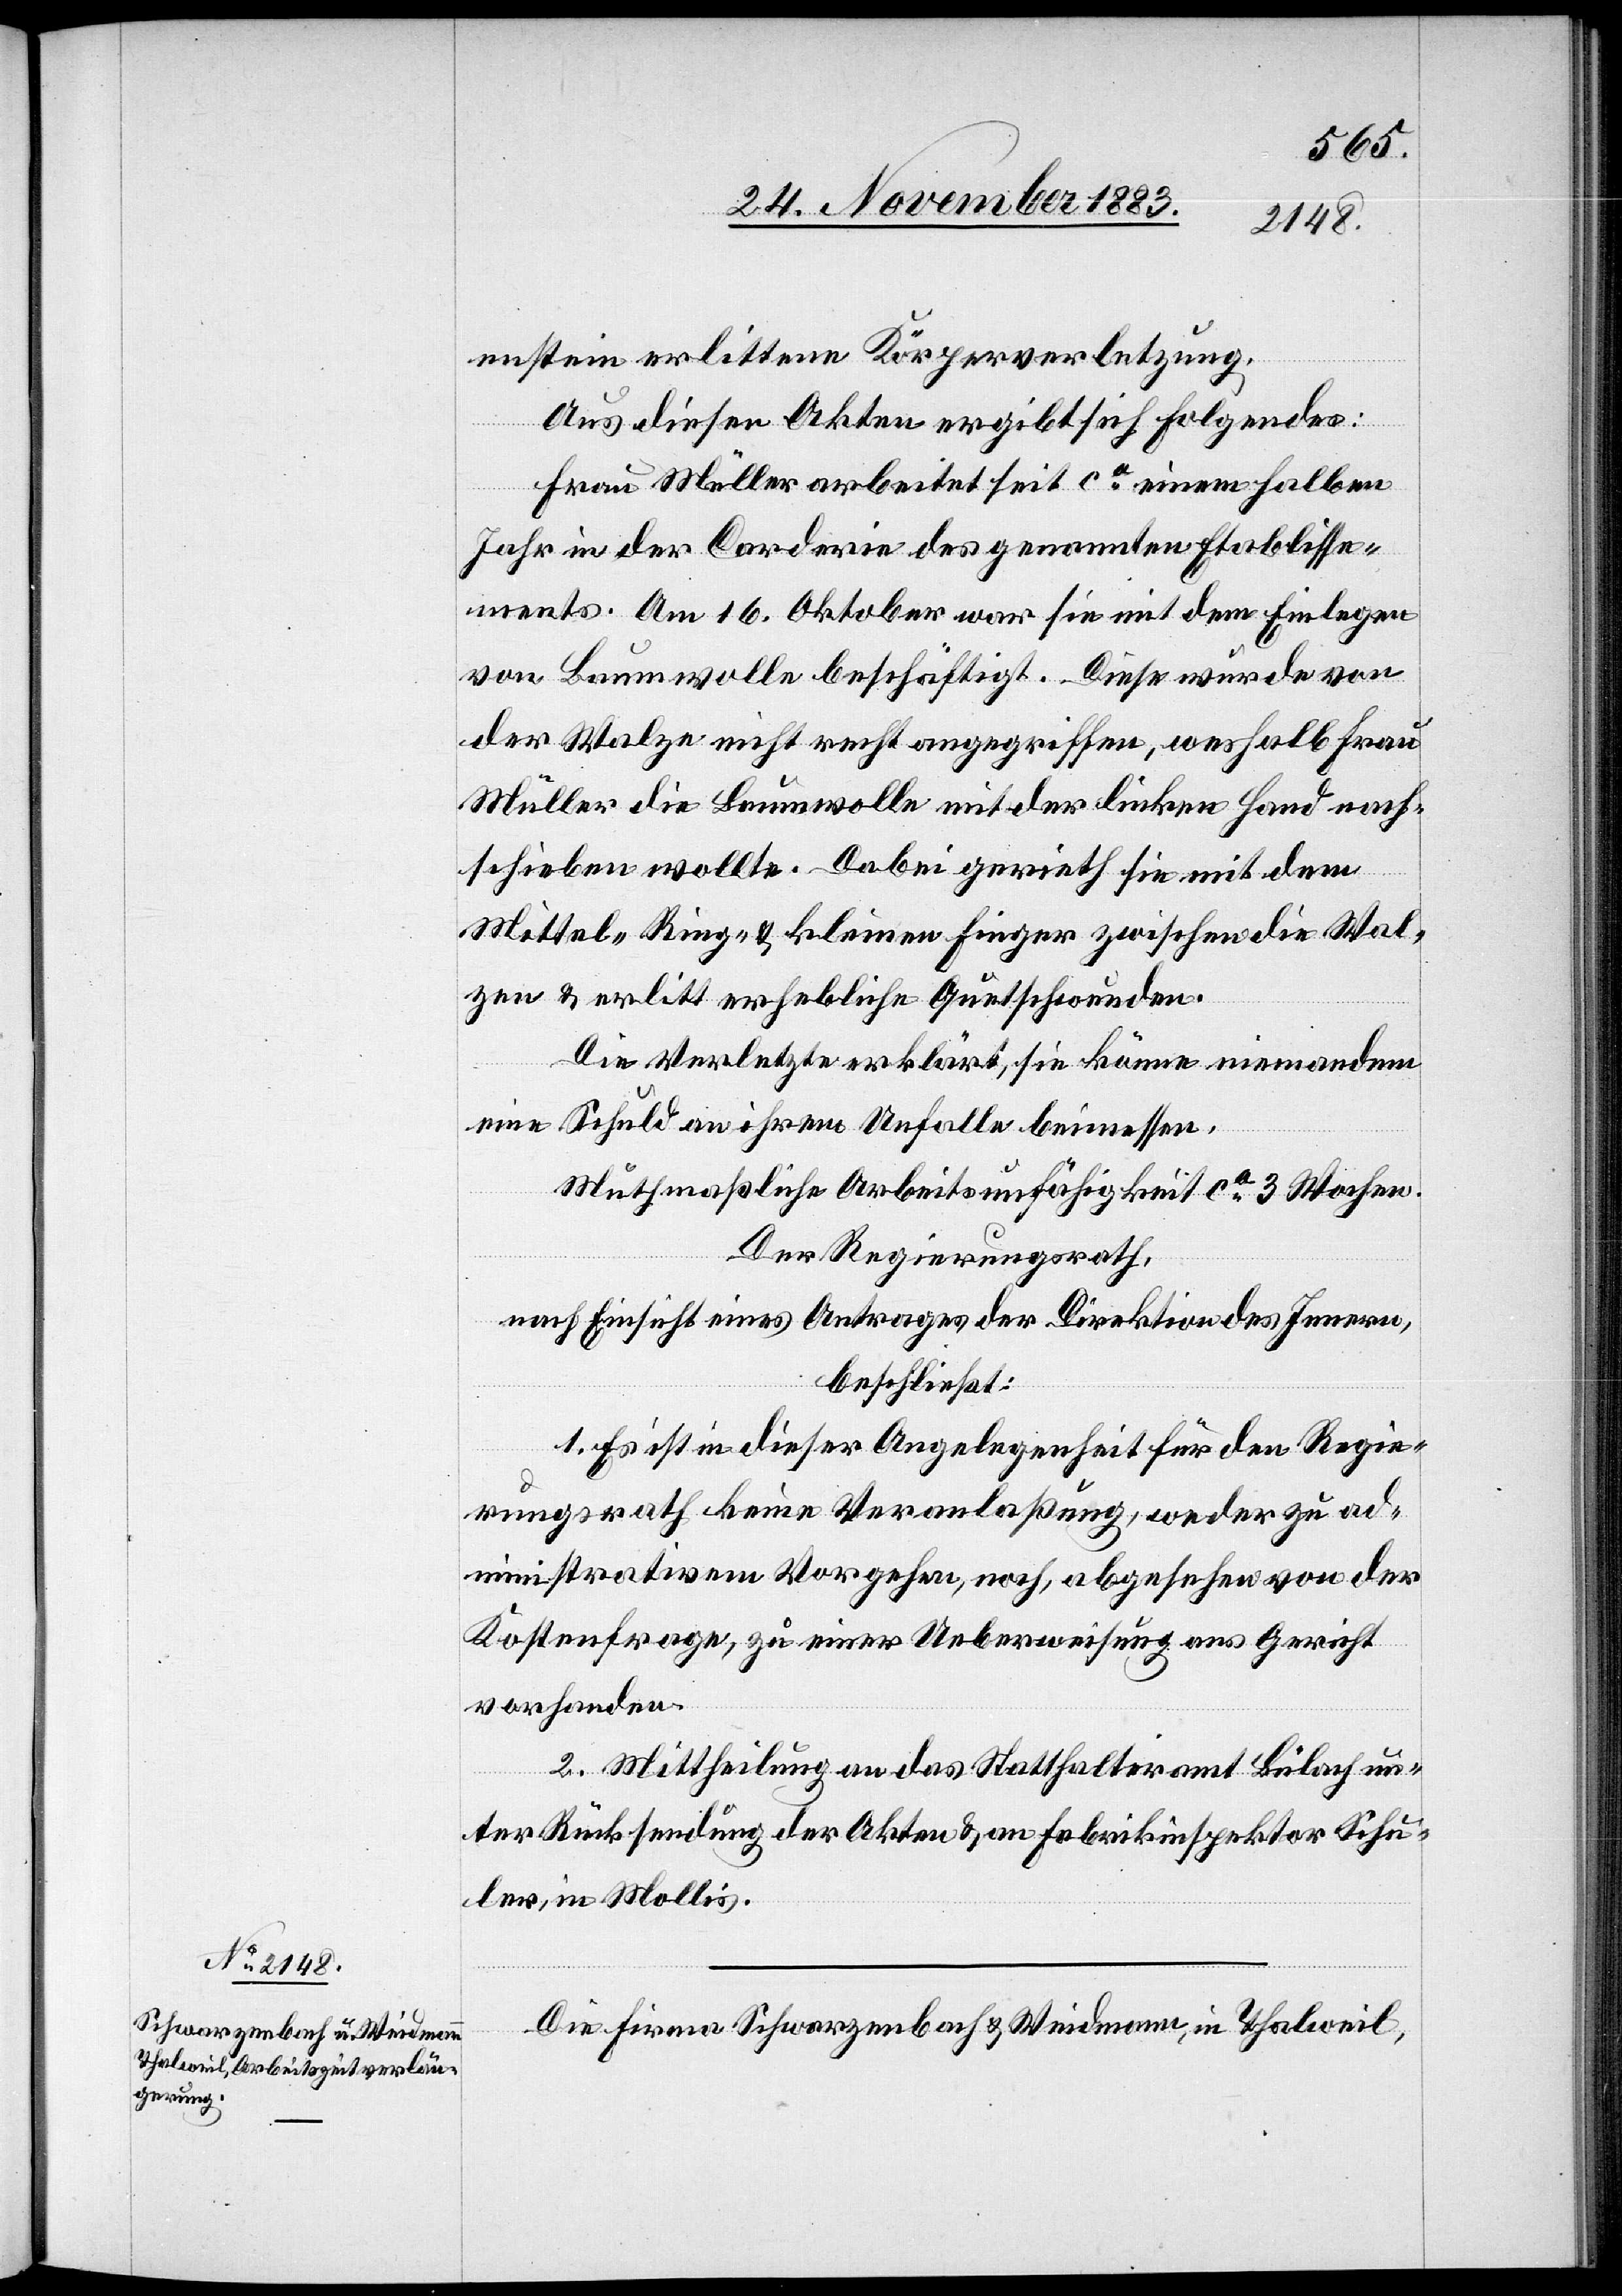
enstein erlittene Körperverletzung.
Aus diesen Akten ergibt sich Folgendes:
Frau Müller arbeitet seit ca einem halben
Jahr in der Carderie des genannten Etablisse¬
ments. Am 16. Oktober war sie mit dem Einlegen
von Baumwolle beschäftigt. Diese wurde von
der Walze nicht recht angegriffen, weshalb Frau
Müller die Baumwolle mit der linken Hand nach¬
schieben wollte. Dabei gerieth sie mit dem
Mittel-[,] Ring- & kleinen Finger zwischen die Wal¬
zen & erlitt erhebliche Quetschwunden.
Die Verletzte erklärt, sie könne niemandem
eine Schuld an ihrem Unfalle beimessen.
Muthmaßliche Arbeitsunfähigkeit ca 3 Wochen.
Der Regierungsrath,
nach Einsicht eines Antrages der Direktion des Innern,
beschließt:
1. Es ist in dieser Angelegenheit für den Regie¬
rungsrath keine Veranlaßung, weder zu ad¬
ministrativem Vorgehen, noch, abgesehen von der
Kostenfrage, zu einer Ueberweisung ans Gericht
vorhanden.
2. Mittheilung an das Statthalteramt Bülach un¬
ter Rücksendung der Akten & an Fabrikinspektor Schu¬
ler in Mollis.
Die Firma Schwarzenbach & Weidmann, in Thalweil,